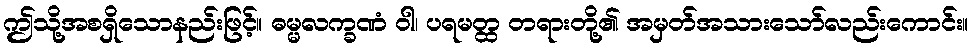
ဤသို့အစရှိသောနည်းဖြင့်။ ဓမ္မလက္ခဏံ ဝါ၊ ပရမတ္ထ တရားတို့၏ အမှတ်အသားသော်လည်းကောင်း။